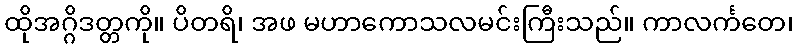
ထိုအဂ္ဂိဒတ္တကို။ ပိတရိ၊ အဖ မဟာကောသလမင်းကြီးသည်။ ကာလင်္ကတေ၊